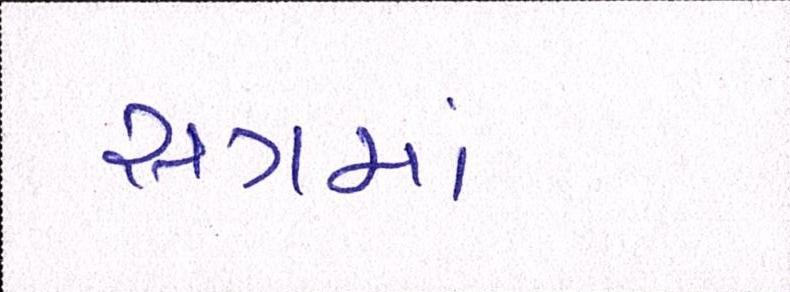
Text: સત્રમાં